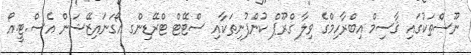
ނޫސްތަކުގައި ޤާސިމް އިބްރާހިމްގެ ވިލާ ގްރޫޕް ކުންފުނިތަކާއި ސްޓޭޓް ޓްރޭޑިންގ އޯގަނައިޒޭޝަން އެސް.ޓީ.އޯ